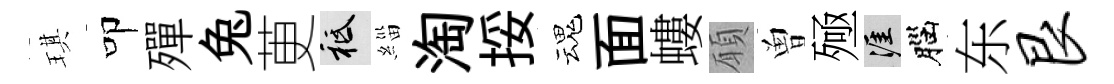
琪叩殫兔茰祇緇淘挼魂面螻願曽殛涯腦东艮